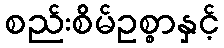
စည်းစိမ်ဥစ္စာနှင့်